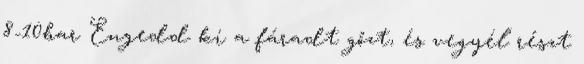
8-10bar Engedd ki a fáradt gőzt, és vegyél részt